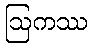
ဩကဿ